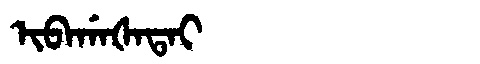
Manchu: ᡳᠪᠠᡤᠠᡧᠠᡨᠠᡳ
Romanization: IBAGAŠATAI